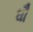
ઘૌ